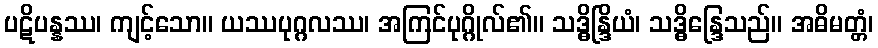
ပဋိပန္နဿ၊ ကျင့်သော။ ယဿပုဂ္ဂလဿ၊ အကြင်ပုဂ္ဂိုလ်၏။ သဒ္ဓိန္ဒြိယံ၊ သဒ္ဓိန္ဒြေသည်။ အဓိမတ္တံ၊